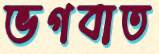
ভগবাত